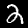
Digit: 2